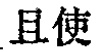
且使